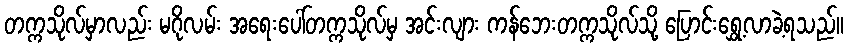
တက္ကသိုလ်မှာလည်း မဂိုလမ်း အရေးပေါ်တက္ကသိုလ်မှ အင်းလျား ကန်ဘေးတက္ကသိုလ်သို့ ပြောင်းရွှေ့လာခဲ့ရသည်။